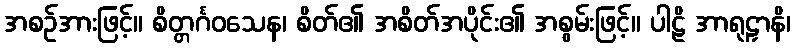
အစဉ်အားဖြင့်။ စိတ္တင်္ဂဝသေန၊ စိတ်၏ အစိတ်အပိုင်း၏ အစွမ်းဖြင့်။ ပါဠိ အာရုဠှာနိ၊